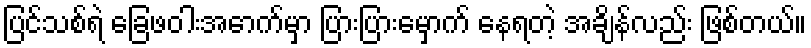
ပြင်သစ်ရဲ ခြေဖဝါးအောက်မှာ ပြားပြားမှောက် နေရတဲ့ အချိန်လည်း ဖြစ်တယ်။